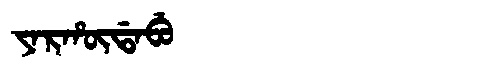
Manchu: ᠶᠠᡵᡥᡡᡩᠠᠪᡠ
Romanization: YARHŪDABU